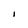
Character: I